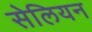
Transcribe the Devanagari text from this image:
सेलियन